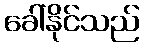
ခေါ်နိုင်သည်